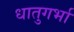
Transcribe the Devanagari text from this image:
धातुगर्भा